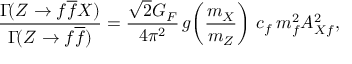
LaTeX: \frac { \Gamma \! ( Z \to f \overline { { { f } } } X ) } { \Gamma \! ( Z \to f \overline { { { f } } } ) } = \frac { \sqrt { 2 } G _ { F } } { 4 \pi ^ { 2 } } \, g \! \left( \frac { m _ { X } } { m _ { Z } } \right) \, c _ { f } \, m _ { f } ^ { 2 } A _ { X f } ^ { 2 } ,